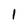
Character: 1